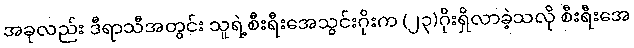
အခုလည်း ဒီရာသီအတွင်း သူရဲ့စီးရီးအေသွင်းဂိုးက (၂၃)ဂိုးရှိလာခဲ့သလို စီးရီးအေ